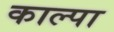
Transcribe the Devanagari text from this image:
काल्पा